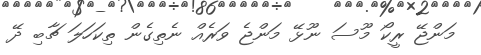
މަންޖޭ ރީކޯ މޫސަ ނޫޅޭ މަންޖެ ވަރެެއް ނެތިގެން ތިކަހަލަ ޗާބި ދޭ